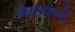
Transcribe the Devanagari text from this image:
असंभाष्यो